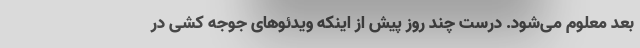
بعد معلوم می‌شود. درست چند روز پیش از اینکه ویدئو‌های جوجه کشی در